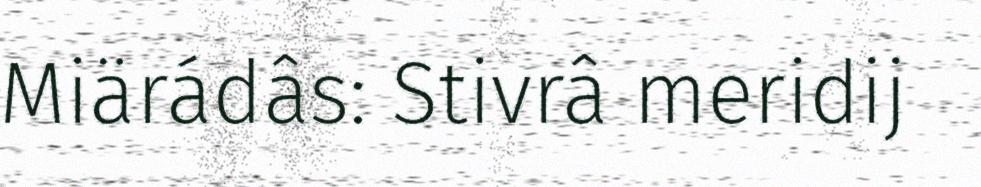
Miärádâs: Stivrâ meridij